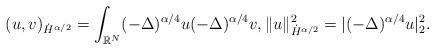
LaTeX: \begin{align*}(u,v)_{\dot{H}^{\alpha/2}}= \int_{\mathbb R^{N}} (-\Delta)^{\alpha/4}u (-\Delta)^{\alpha/4}v,\|u\|_{\dot{H}^{\alpha/2}}^2=|(-\Delta)^{\alpha/4}u |_2^2.\end{align*}